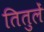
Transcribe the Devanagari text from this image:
तितुलें